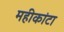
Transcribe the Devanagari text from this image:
महीकांटा